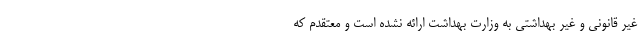
غیر قانونی و غیر بهداشتی به وزارت بهداشت ارائه نشده است و معتقدم که